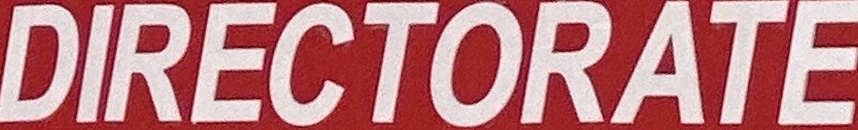
DIRECTORATE